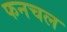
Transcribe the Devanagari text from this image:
फनचल